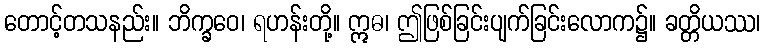
တောင့်တသနည်း။ ဘိက္ခဝေ၊ ရဟန်းတို့။ ဣဓ၊ ဤဖြစ်ခြင်းပျက်ခြင်းလောက၌။ ခတ္တိယဿ၊